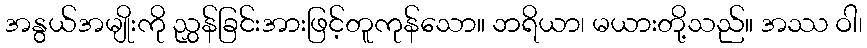
အနွယ်အမျိုးကို ညွှန်ခြင်းအားဖြင့်တူကုန်သော။ ဘရိယာ၊ မယားတို့သည်။ အဿ ဝါ၊